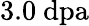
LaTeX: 3.0\ \mathrm{dpa}